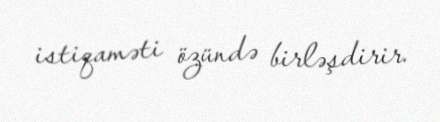
istiqaməti özündə birləşdirir.